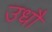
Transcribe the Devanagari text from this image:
उधौ